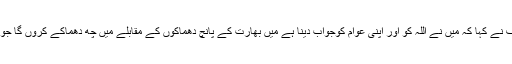
دھمکیاں دیں لیکن نوازشریف نے کہا کہ میں نے اللہ کو اور اپنی عوام کوجواب دینا ہے میں بھارت کے پانچ دھماکوں کے مقابلے میں چھ دھماکے کروں گا جو انہوں نے کرکے دکھائے ۔